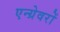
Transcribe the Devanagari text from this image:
एन्ग्रेवरों